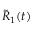
{ \tilde { R } } _ { 1 } ( t )